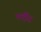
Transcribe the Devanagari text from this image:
नदीर